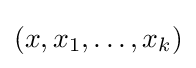
(x,x_{1},\dots ,x_{k})